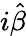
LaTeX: i\hat{\beta}